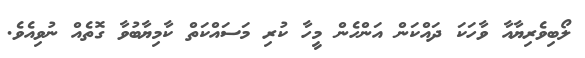
ލޯބިވެރިޔާއާ ވާހަކަ ދައްކަން އަންހެން މީހާ ކުރި މަސައްކަތް ކާމިޔާބުވާ ގޮތެއް ނުވިއެވެ.